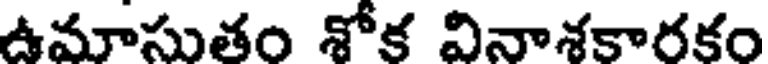
ఉమాసుతం శోక వినాశకారకం